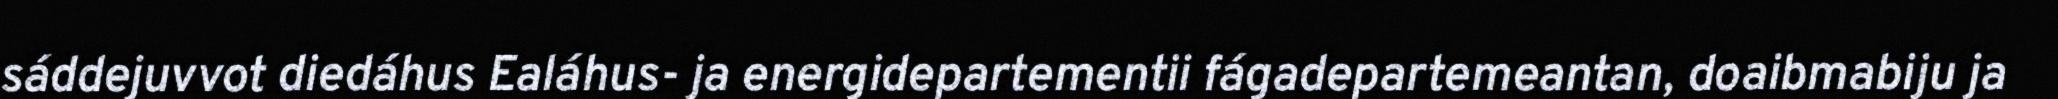
sáddejuvvot diedáhus Ealáhus- ja energidepartementii fágadepartemeantan, doaibmabiju ja